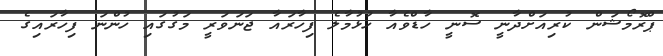
ޕްރޮމޯޝަން ކުރިއަށްދާނީ ސޮނީ ހާޑްވެއާ ހުޅުމާލެ ފިހާރައާ ޖަނަވަރީ މަގުގައި ހުންނަ ފިހާރައިގެ